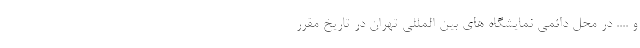
و .... در محل دائمی نمایشگاه‌ های بین ‌المللی تهران در تاریخ مقرر